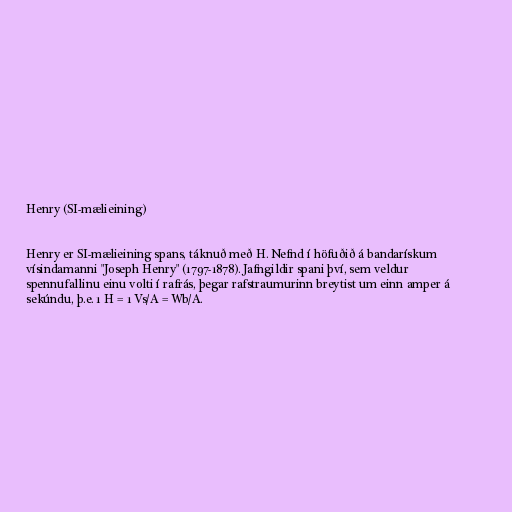
Henry (SI-mælieining)

Henry er SI-mælieining spans, táknuð með H. Nefnd í höfuðið á bandarískum
vísindamanni "Joseph Henry" (1797-1878). Jafngildir spani því, sem veldur
spennufallinu einu volti í rafrás, þegar rafstraumurinn breytist um einn amper á
sekúndu, þ.e. 1 H = 1 Vs/A = Wb/A.